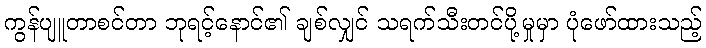
ကွန်ပျူတာစင်တာ ဘုရင့်နောင်၏ ချစ်လျှင် သရက်သီးတင်ပို့မှုမှာ ပုံဖော်ထားသည့်